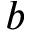
b